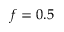
f = 0 . 5